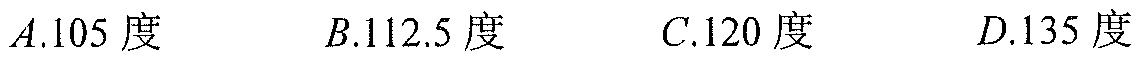
$A.105\text{度}\quad B.112.5\text{度}\quad C.120\text{度}\quad D.135\text{度}$